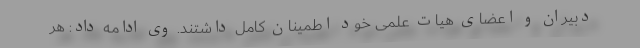
دبیران و اعضای هیات علمی خود اطمینان کامل داشتند. وی ادامه داد: هر